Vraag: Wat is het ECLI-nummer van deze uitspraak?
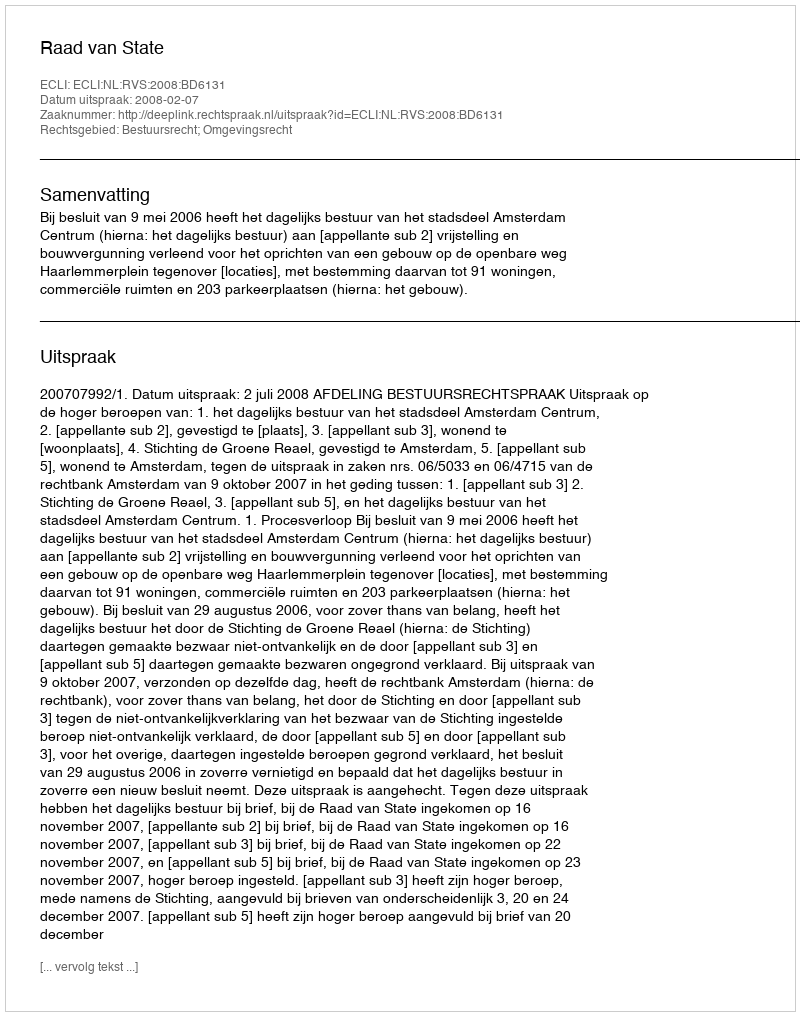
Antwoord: ECLI:NL:RVS:2008:BD6131